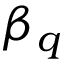
\beta _ { q }